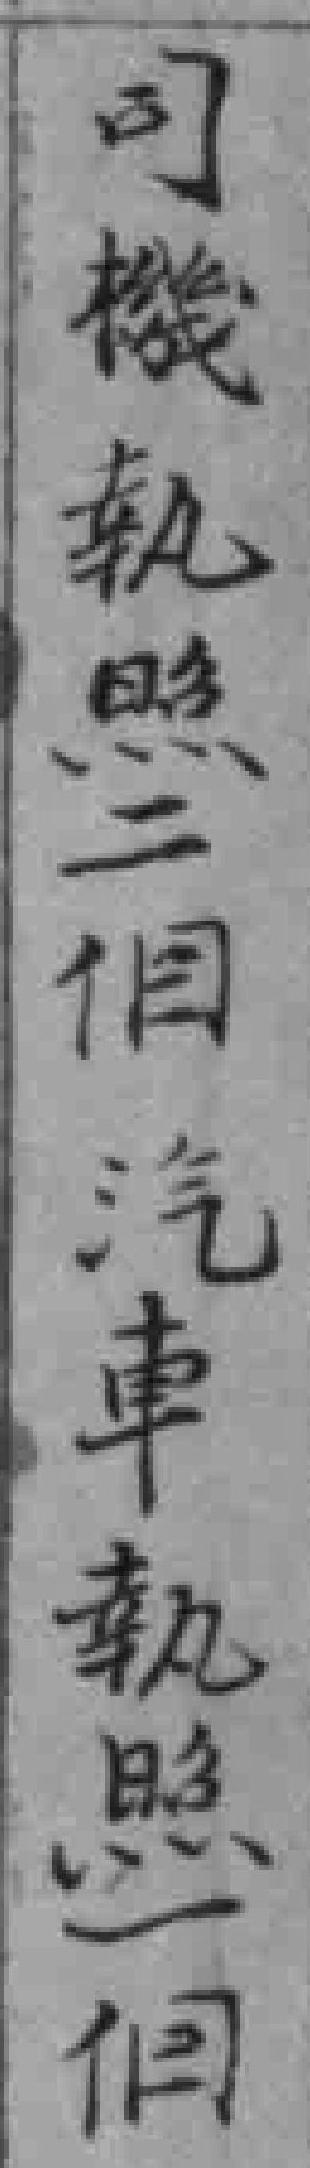
司機軌照二個汽車執照一個